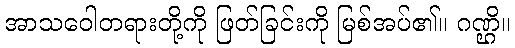
အာသဝေါတရားတို့ကို ဖြတ်ခြင်းကို မြစ်အပ်၏။ ဂဏ္ဌိ။